Lunatic asylums Madras 1892-1911 - 1892-1911
Year: 1892
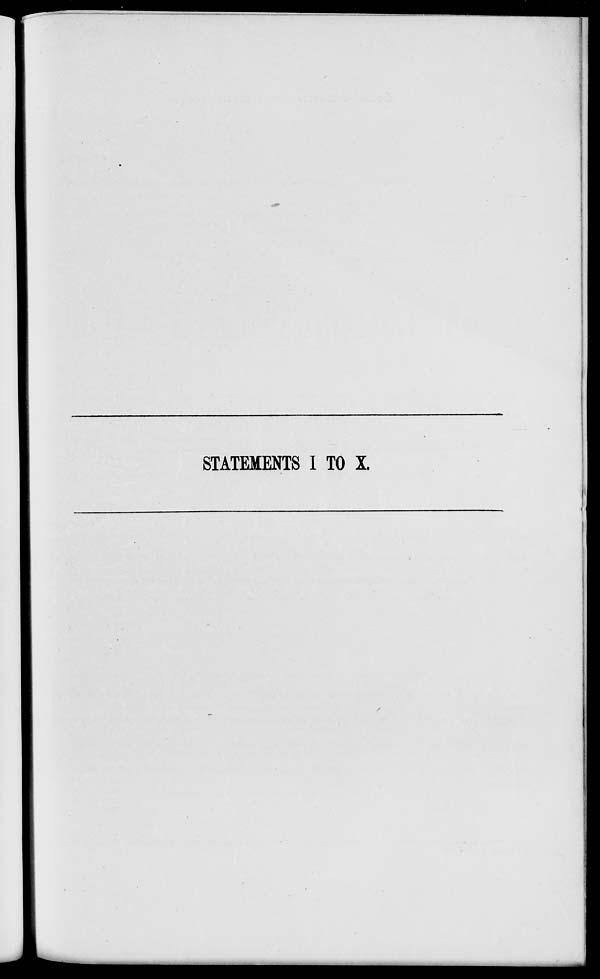
STATEMENTS I TO X.